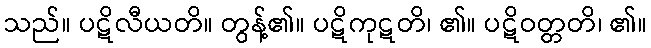
သည်။ ပဋိလီယတိ။ တွန့်၏။ ပဋိကုဋတိ၊ ၏။ ပဋိဝတ္တတိ၊ ၏။